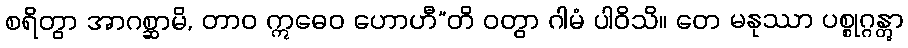
စရိတွာ အာဂစ္ဆာမိ, တာဝ ဣဓေဝ ဟောဟီ”တိ ဝတွာ ဂါမံ ပါဝိသိ။ တေ မနုဿာ ပစ္စုဂ္ဂန္တွာ